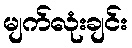
မျက်လုံးချင်း